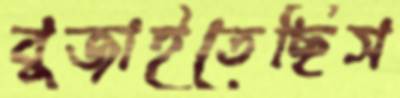
বুজাইতেছিস